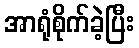
အာရုံစိုက်ခဲ့ပြီး